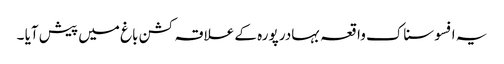
یہ افسوسناک واقعہ بہادر پورہ کے علاقہ کشن باغ میں پیش آیا ۔